Indian journal of veterinary science and animal husbandry - Volume 13,
Year: 1943
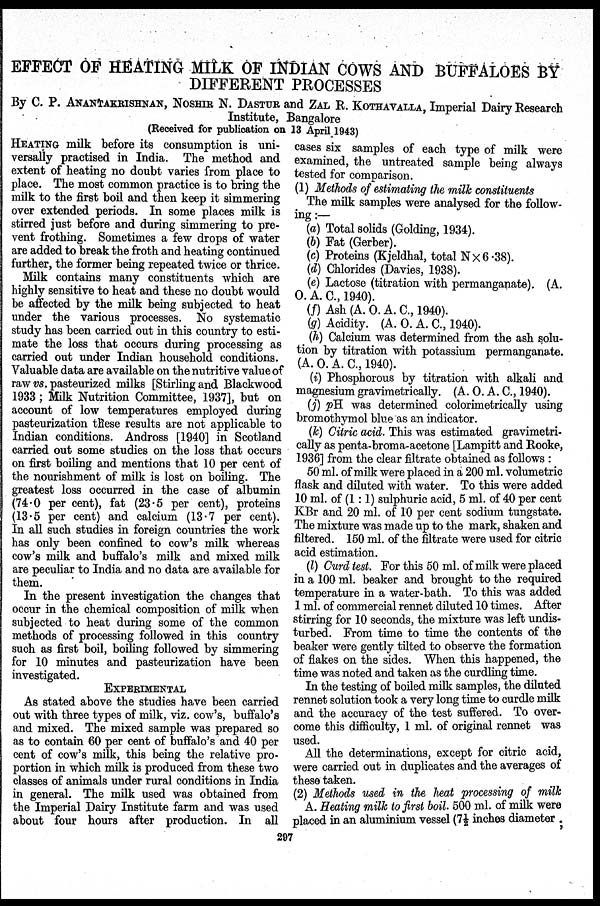
EFFECT OF HEATING MILK OF INDIAN COWS AND BUFFALOES BY
DIFFERENT PROCESSES
By C. P. ANANTAKRISHNAN, NOSHIR N. DASTUR and ZAL R. KOTHAVALLA, Imperial Dairy Research
Institute, Bangalore
(Received for publication on 13 April 1943)
HEATING milk before its consumption is uni-
versally practised in India. The method and
extent of heating no doubt varies from place to
place. The most common practice is to bring the
milk to the first boil and then keep it simmering
over extended periods. In some places milk is
stirred just before and during simmering to pre-
vent frothing. Sometimes a few drops of water
are added to break the froth and heating continued
further, the former being repeated twice or thrice.
Milk contains many constituents which are
highly sensitive to heat and these no doubt would
be affected by the milk being subjected to heat
under the various processes. No systematic
study has been carried out in this country to esti-
mate the loss that occurs during processing as
carried out under Indian household conditions.
Valuable data are available on the nutritive value of
raw vs. pasteurized milks [Stirling and Blackwood
1933; Milk Nutrition Committee, 1937], but on
account of low temperatures employed during
pasteurization these results are not applicable to
Indian conditions. Andross [1940] in Scotland
carried out some studies on the loss that occurs
on first boiling and mentions that 10 per cent of
the nourishment of milk is lost on boiling. The
greatest loss occurred in the case of albumin
(74.0 per cent), fat (23.5 per cent), proteins
(13.5 per cent) and calcium (13.7 per cent).
In all such studies in foreign countries the work
has only been confined to cow's milk whereas
cow's milk and buffalo's milk and mixed milk
are peculiar to India and no data are available for
them.
In the present investigation the changes that
occur in the chemical composition of milk when
subjected to heat during some of the common
methods of processing followed in this country
such as first boil, boiling followed by simmering
for 10 minutes and pasteurization have been
investigated.
EXPERIMENTAL
As stated above the studies have been carried
out with three types of milk, viz. cow's, buffalo's
and mixed. The mixed sample was prepared so
as to contain 60 per cent of buffalo's and 40 per
cent of cow's milk, this being the relative pro-
portion in which milk is produced from these two
classes of animals under rural conditions in India
in general. The milk used was obtained from
the Imperial Dairy Institute farm and was used
about four hours after production. In all
cases six samples of each type of milk were
examined, the untreated sample being always
tested for comparison.
(1) Methods of estimating the milk constituents
The milk samples were analysed for the follow-
ing :—
(a) Total solids (Golding, 1934).
(b) Fat (Gerber).
(c) Proteins (Kjeldhal, total N × 6.38).
(d) Chlorides (Davies, 1938).
(e) Lactose (titration with permanganate). (A.
O. A. C., 1940).
(f) Ash (A. O. A. C., 1940).
(g) Acidity. (A. O. A. C., 1940).
(h) Calcium was determined from the ash solu-
tion by titration with potassium permanganate.
(A. O. A. C., 1940).
(i) Phosphorous by titration with alkali and
magnesium gravimetrically. (A. O. A. C., 1940).
(j) pH was determined colorimetrically using
bromothymol blue as an indicator.
(k) Citric acid. This was estimated gravimetri-
cally as penta-broma-acetone [Lampitt and Rooke,
1936] from the clear filtrate obtained as follows:
50 ml. of milk were placed in a 200 ml. volumetric
flask and diluted with water. To this were added
10 ml. of (1:1) sulphuric acid, 5 ml. of 40 per cent
KBr and 20 ml. of 10 per cent sodium tungstate.
The mixture was made up to the mark, shaken and
filtered. 150 ml. of the filtrate were used for citric
acid estimation.
(l) Curd test. For this 50 ml. of milk were placed
in a 100 ml. beaker and brought to the required
temperature in a water-bath. To this was added
1 ml. of commercial rennet diluted 10 times. After
stirring for 10 seconds, the mixture was left undis-
turbed. From time to time the contents of the
beaker were gently tilted to observe the formation
of flakes on the sides. When this happened, the
time was noted and taken as the curdling time.
In the testing of boiled milk samples, the diluted
rennet solution took a very long time to curdle milk
and the accuracy of the test suffered. To over-
come this difficulty, 1 ml. of original rennet was
used.
All the determinations, except for citric acid,
were carried out in duplicates and the averages of
these taken.
(2) Methods used in the heat processing of milk
A. Heating milk to first boil. 500 ml. of milk were
placed in an aluminium vessel (7½ inches diameter;
297